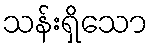
သန်းရှိသော